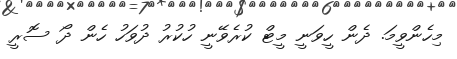
މިހެންވީމަ. ދެން ހީވަނީ މީޓް ކުރެވޭނީ ހުކުރު ދުވަހު ހެން ދޯ ސޮރީ